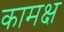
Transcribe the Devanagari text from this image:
कामक्ष